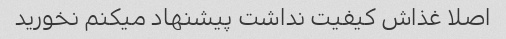
اصلا غذاش کیفیت نداشت پیشنهاد میکنم نخورید